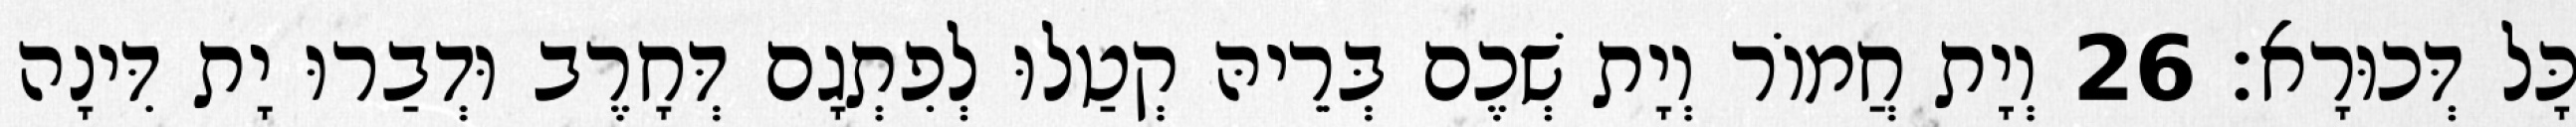
כָּל דְּכוּרָא׃ 26 וְיָת חֲמוֹר וְיָת שְׁכֶם בְּרֵיהּ קְטַלוּ לְפִתְגָם דְּחָרֶב וּדְבַרוּ יָת דִּינָה